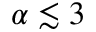
\alpha \lesssim 3